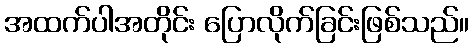
အထက်ပါအတိုင်း ပြောလိုက်ခြင်းဖြစ်သည်။